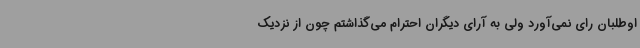
اوطلبان رای نمی‌آورد ولی به آرای دیگران احترام می‌گذاشتم چون از نزدیک